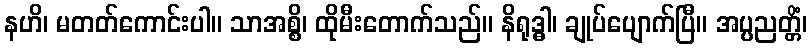
နဟိ၊ မတတ်ကောင်းပါ။ သာအစ္စိ၊ ထိုမီးတောက်သည်။ နိရုဒ္ဓါ၊ ချုပ်ပျောက်ပြီ။ အပ္ပညတ္တိံ၊